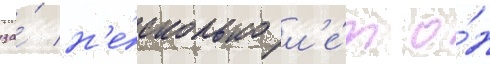
за́ н'е́сколько л'е́т о́н